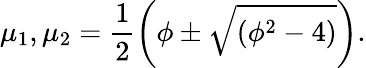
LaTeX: \mu_{1},\mu_{2}=\frac{1}{2}\left(\phi\pm\sqrt{\left(\phi^{2}-4\right)}\right).